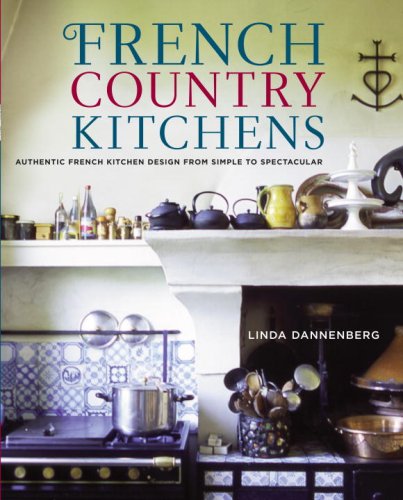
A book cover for French Country Kitchens: Authentic French Kitchen Design from Simple to Spectacular; Linda Dannenberg; Arts & Photography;